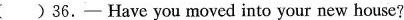
( )36.— Have you moved into your new house?